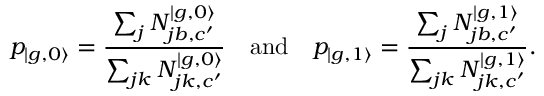
p _ { | { g , 0 \rangle } } = \frac { \sum _ { j } N _ { j b , c ^ { \prime } } ^ { | g , 0 \rangle } } { \sum _ { j k } N _ { j k , c ^ { \prime } } ^ { | g , 0 \rangle } } \quad \mathrm { a n d } \quad p _ { | { g , 1 \rangle } } = \frac { \sum _ { j } N _ { j b , c ^ { \prime } } ^ { | g , 1 \rangle } } { \sum _ { j k } N _ { j k , c ^ { \prime } } ^ { | g , 1 \rangle } } .